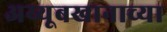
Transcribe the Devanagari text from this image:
अय्यूबखानाच्या